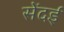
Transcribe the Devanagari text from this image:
सेंदई